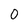
Character: 0